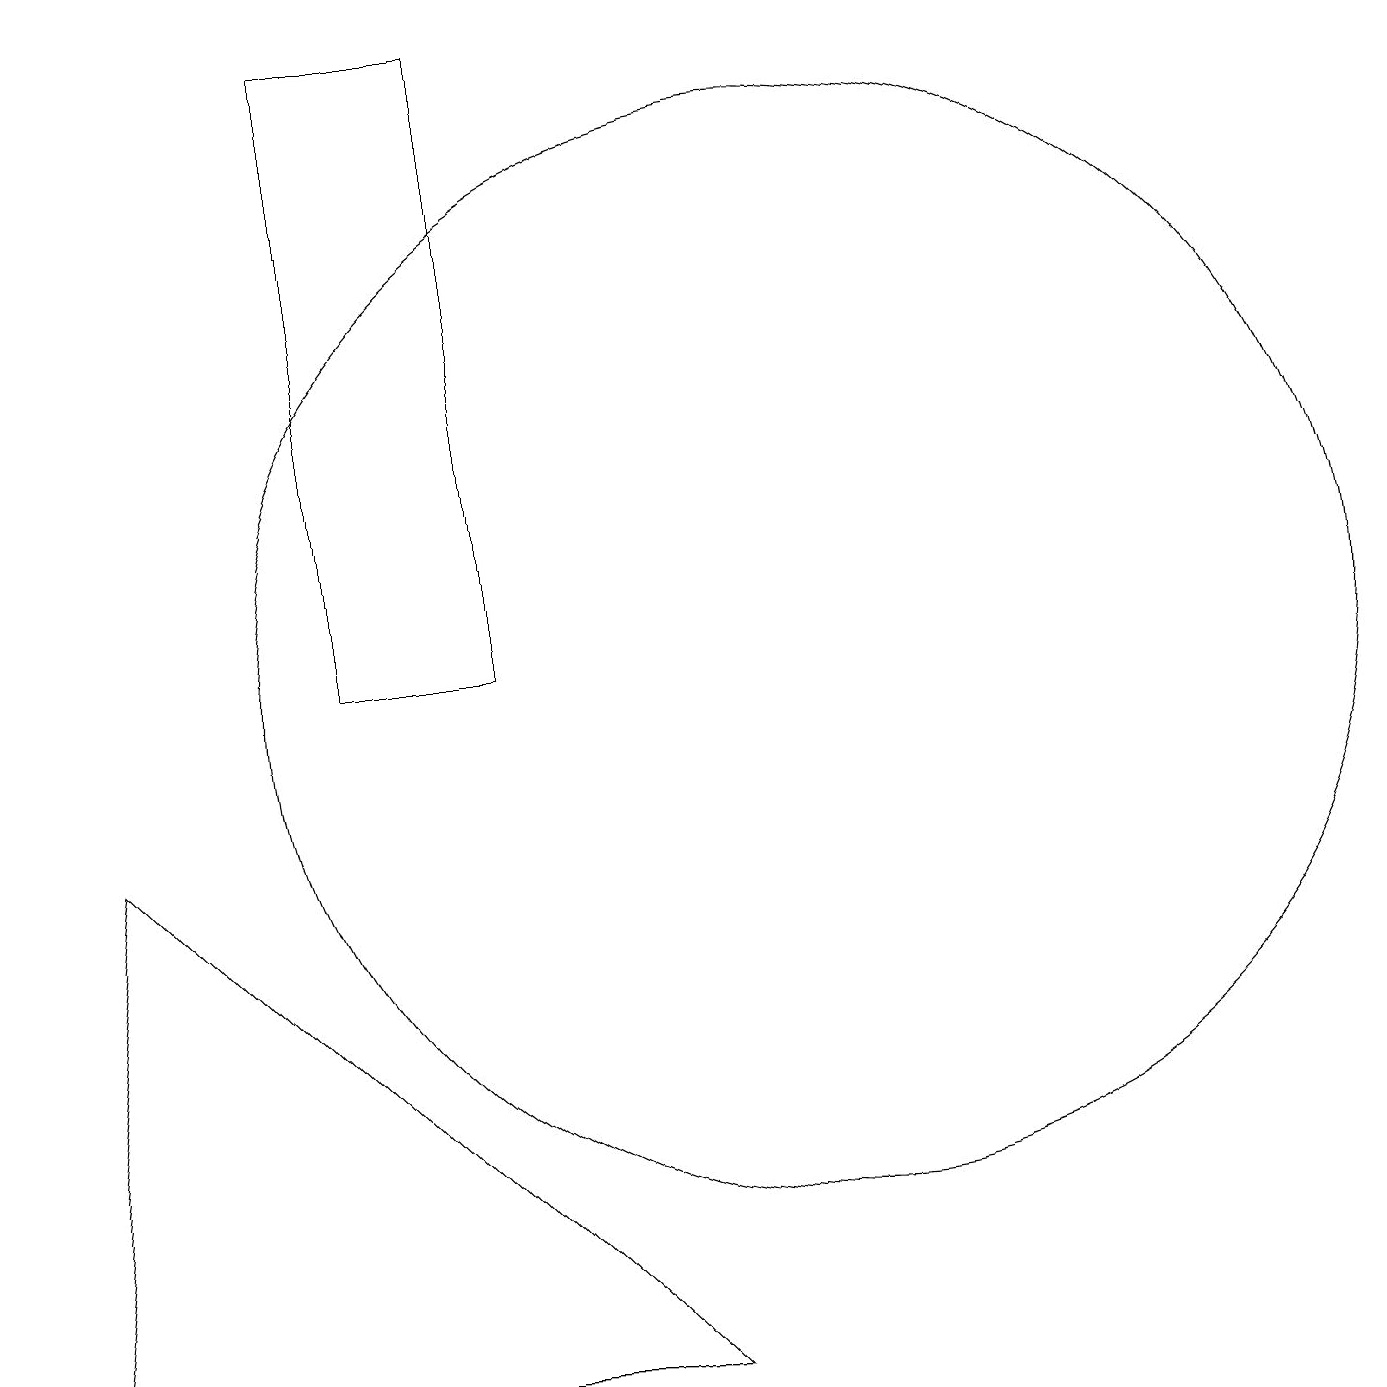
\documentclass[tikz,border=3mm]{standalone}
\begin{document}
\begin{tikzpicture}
\draw (4,10) rectangle (6,18);
\draw (10,10) circle (7);
\draw (0,1) -- (8,1) -- (1,8) -- cycle;
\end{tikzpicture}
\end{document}